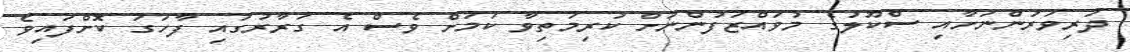
ދަރިވަރުންނަށާއި ސްކޫލުގެ މުވައްޒަފުންނަށް ކުރިމަތިވާ ކަމަށް ވެސް އެ ގަރާރުގައި ފާހަގަ ކޮށްފައިވެ